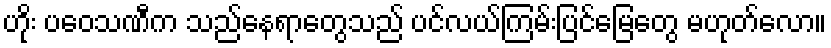
ဟိုး ပဝေသဏီက သည်နေရာတွေသည် ပင်လယ်ကြမ်းပြင်မြေတွေ မဟုတ်လော။